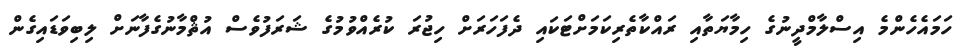
ހަމައެހެންމެ އިސްލާމްދީނުގެ ހިމާޔަތާއި ރައްކާތެރިކަމަށްޓަކައި ދެފަހަރަށް ހިޖުރަ ކުރެއްވުމުގެ ޝަރަފުވެސް އުޘްމާނުގެފާނަށް ލިބިވަޑައިގެން